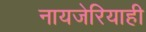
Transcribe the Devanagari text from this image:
नायजेरियाही